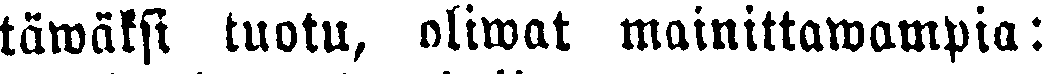
täwäksi tuotu, oliwat mainittawampia: